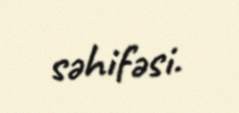
səhifəsi.